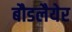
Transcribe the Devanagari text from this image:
बौडलैयेर